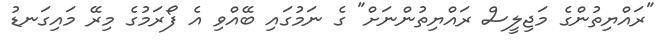
"ރައްޔިތުންގެ މަޖިލީސް ރައްޔިތުންނަށް" ގެ ނަމުގައި ބޭއްވި އެ ފޯރަމުގެ މިރޭ މައިގަނޑު